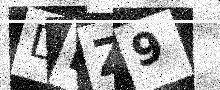
Text: DDZ9